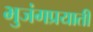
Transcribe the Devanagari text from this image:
भुजंगप्रयाती